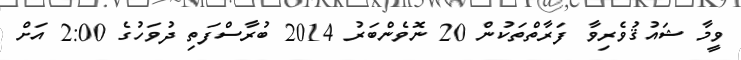
ވީމާ ޝައުޤުވެރިވާ ފަރާތްތަކުން 20 ނޮވެންބަރު 2014 ބުރާސްފަތި ދުވަހުގެ 2:00 އަށް